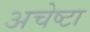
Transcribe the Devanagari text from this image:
अचेष्टा